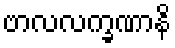
ဗာလလက္ခဏာနိ